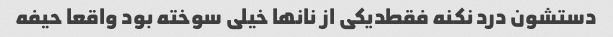
دستشون درد نکنه فقطدیکی از نانها خیلی سوخته بود واقعا حیفه